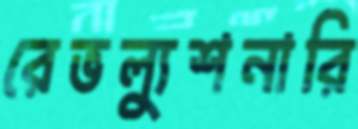
রেভল্যুশনারি